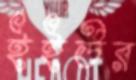
ইইউর